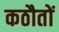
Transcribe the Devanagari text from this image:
कठौतों